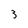
Character: 3